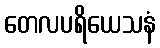
တေလပရိယေသနံ